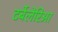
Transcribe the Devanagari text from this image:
टर्बेलेरिआ